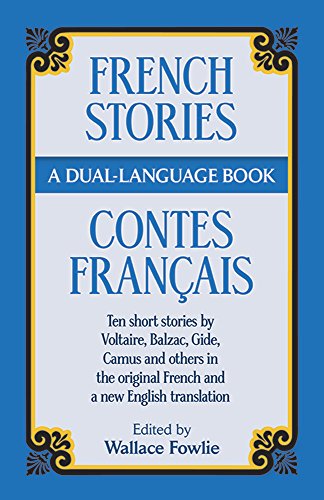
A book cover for French Stories / Contes FranÃ§ais (A Dual-Language Book) (English and French Edition); Literature & Fiction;